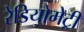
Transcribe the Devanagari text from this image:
रेडियोमेट्री